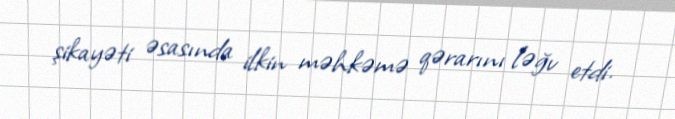
şikayəti əsasında ilkin məhkəmə qərarını ləğv etdi.